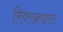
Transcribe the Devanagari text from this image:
रिवरक्राइस्ट